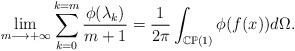
LaTeX: \begin{align*}\lim_{m\longrightarrow +\infty} \sum_{k=0}^{k=m}\dfrac{\phi(\lambda_k)}{m+1} = \frac{1}{2\pi}\int_{\mathbb{CP}(1)} \phi(f(x)) d\Omega.\end{align*}